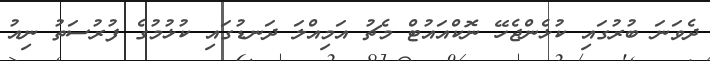
ދެވަނަ ބުރުގައި ކުޅެންޖެހޭ ނޮކްއައުޓް މެޗު އަމިއްލަ ދަނޑުގައި ކުޅުމުގެ ފުރުސަތު ނިއު